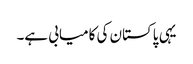
یہی پاکستان کی کامیابی ہے۔